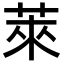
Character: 萊